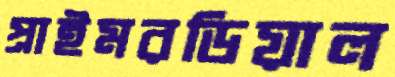
প্রাইমরডিয়াল